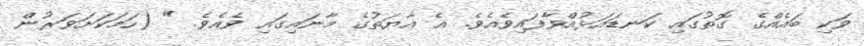
ވަކި ބައެއްގެ ގޮތުގައި ކަނޑައަޅުއްވާފައިވެއެވެ. އެ އާޔަތުގެ މާނައިގައި ވެއެވެ. " (ހަމަކަށަވަރުން